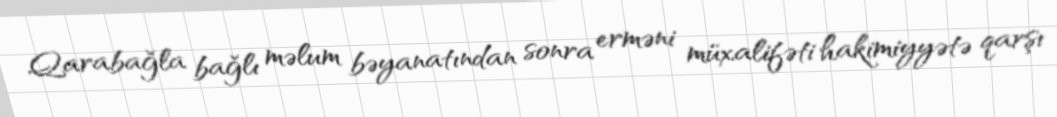
Qarabağla bağlı məlum bəyanatından sonra erməni müxalifəti hakimiyyətə qarşı